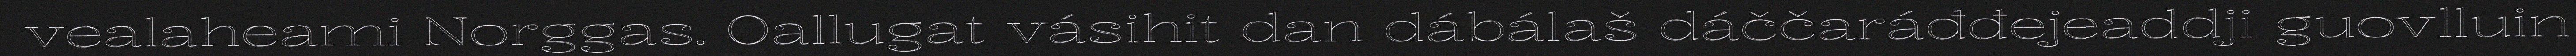
vealaheami Norggas. Oallugat vásihit dan dábálaš dáččaráđđejeaddji guovlluin